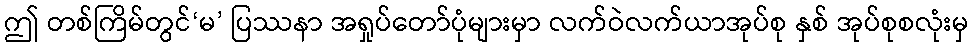
ဤ တစ်ကြိမ်တွင်‘မ’ ပြဿနာ အရှုပ်တော်ပုံများမှာ လက်ဝဲလက်ယာအုပ်စု နှစ် အုပ်စုစလုံးမှ